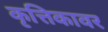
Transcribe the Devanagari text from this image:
कृत्तिकावर